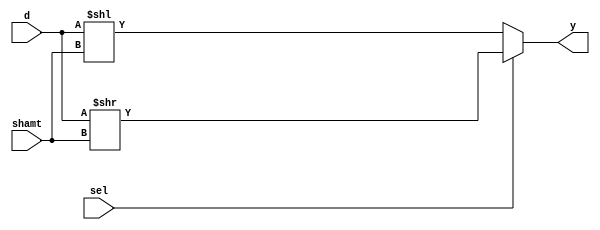
module shifter # (parameter WIDTH = 32) (
        input   wire [4:0]       shamt,
        input   wire             sel,
        input   wire [WIDTH-1:0] d,
        output  reg  [WIDTH-1:0] y
    );
    
    always @ (*) begin
        if  (sel)  y = d >> shamt;
        else            y = d << shamt;
    end

endmodule